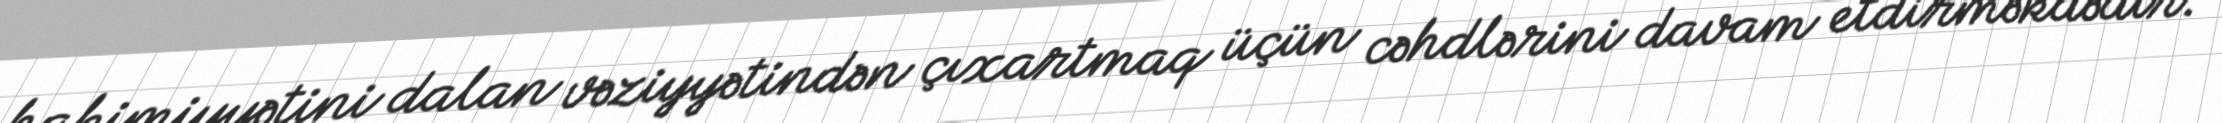
hakimiyyətini dalan vəziyyətindən çıxartmaq üçün cəhdlərini davam etdirməkdədir.